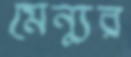
মেন্যুর